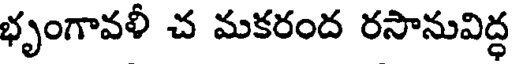
భృంగావళీ చ మకరంద రసానువిద్ధ